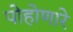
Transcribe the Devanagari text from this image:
पोहोणारे